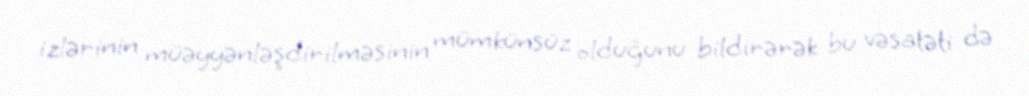
izlərinin müəyyənləşdirilməsinin mümkünsüz olduğunu bildirərək bu vəsatəti də